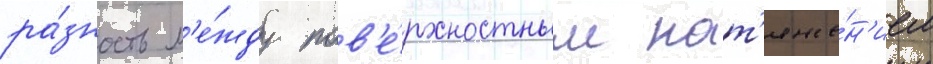
ра́зность м'е́жду пов'е́рхностным нат'яже́н'ием